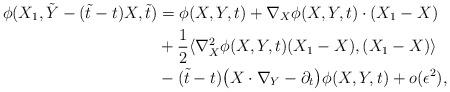
LaTeX: \begin{align*}\phi(X_1,\tilde Y-(\tilde t-t)X,\tilde t)&=\phi(X,Y,t)+\nabla_X\phi(X,Y,t)\cdot(X_1-X)\\&+\frac 1 2 \langle \nabla_X^2\phi(X,Y,t)(X_1-X), (X_1-X)\rangle\\&-(\tilde t-t)\bigl (X\cdot\nabla_Y-\partial_t\bigr)\phi(X,Y,t)+ {o}(\epsilon^2),\end{align*}